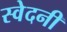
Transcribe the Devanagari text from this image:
स्वेदनी